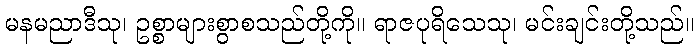
မနမညာဒီသု၊ ဥစ္စာများစွာစသည်တို့ကို။ ရာဇပုရိသေသု၊ မင်းချင်းတို့သည်။